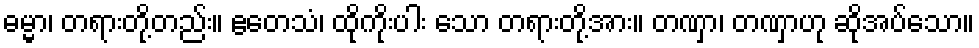
ဓမ္မာ၊ တရားတို့တည်း။ ဧတေသံ၊ ထိုကိုးပါး သော တရားတို့အား။ တဏှာ၊ တဏှာဟု ဆိုအပ်သော။